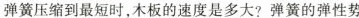
弹簧压缩到最短时，木板的速度是多大?弹簧的弹性势